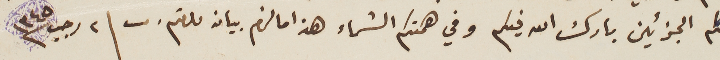
لكم الجزئين بارك الله فيكم وفي همتكم الشماء هذا ما لزم بيانه ودمتم. 	٢ رجب ١٣٤٥